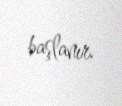
başlanır.